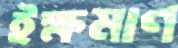
ইক্ষমাণ